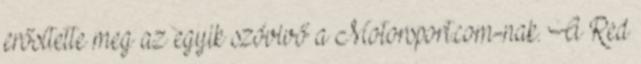
erősítette meg az egyik szóvivő a Motorsport.com-nak. A Red